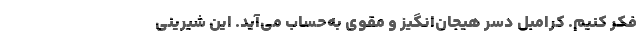
فکر کنیم. کرامبل دسر هیجان‌انگیز و مقوی به‌حساب می‌آید. این شیرینی